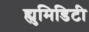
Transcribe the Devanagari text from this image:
ह्युमिडिटी